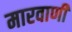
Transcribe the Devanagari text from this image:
मारवाणी